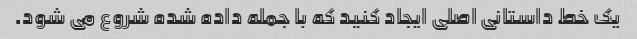
یک خط داستانی اصلی ایجاد کنید که با جمله داده شده شروع می شود.